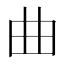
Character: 曲